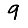
Digit: 9